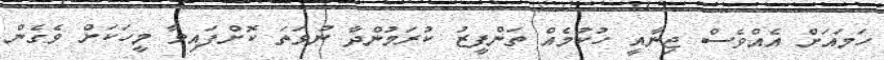
ހަމައަށް އެއްވެސް ޖިނާއީ ހުކުމެއް ތަންފީޒު ކުރަމުންދާ ނުވަތަ ކޮށްފައިވާ މީހަކަށް ވެގެން